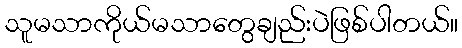
သူမသာကိုယ်မသာတွေချည်းပဲဖြစ်ပါတယ်။